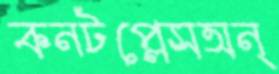
কনটপ্লেসঅন্